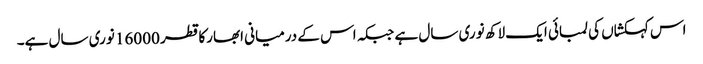
اس کہکشاں کی لمبائی ایک لاکھ نوری سال ہے جبکہ اس کے درمیانی ابھارکا قطر 16000 نوری سال ہے۔